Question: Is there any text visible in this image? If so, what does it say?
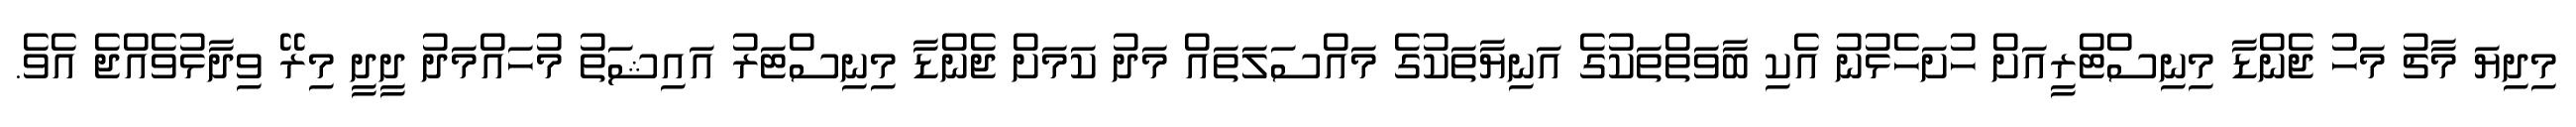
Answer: މިދިޔަ މާޗު މަހު ޖެންޑާ މިނިސްޓްރީއަށް ހުށަހެޅުނު އެކި ބާވަތްތަކުގެ އަނިޔާތަކުގެ މައްސަލަތައް މަދު ކަމަށް ޖެންޑާ މިނިސްޓަރު އައިޝަތު މުހައްމަދު ދީދީ މިރޭ ވިދާޅުވެއްޖެ އެވެ.